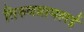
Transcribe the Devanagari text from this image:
तिरुवन्नामलई